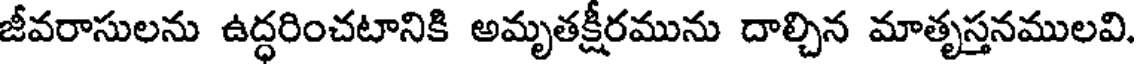
జీవరాసులను ఉద్ధరించటానికి అమృతక్షీరమును దాల్చిన మాతృస్తనములవి